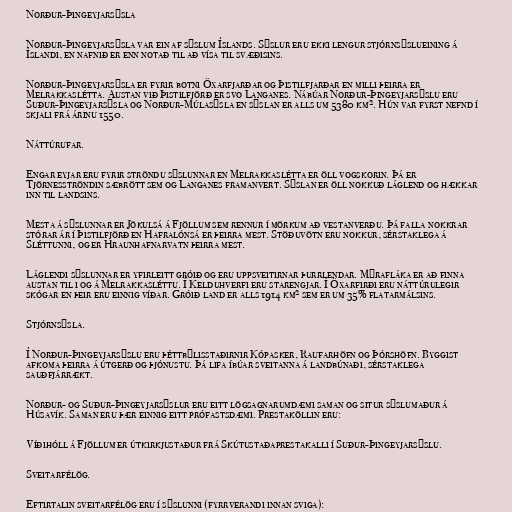
Norður-Þingeyjarsýsla

Norður-Þingeyjarsýsla var ein af sýslum Íslands. Sýslur eru ekki lengur stjórnsýslueining á
Íslandi, en nafnið er enn notað til að vísa til svæðisins.

Norður-Þingeyjarsýsla er fyrir botni Öxarfjarðar og Þistilfjarðar en milli þeirra er
Melrakkaslétta. Austan við Þistilfjörð er svo Langanes. Nábúar Norður-Þingeyjarsýslu eru
Suður-Þingeyjarsýsla og Norður-Múlasýsla en sýslan er alls um 5380 km². Hún var fyrst nefnd í
skjali frá árinu 1550.

Náttúrufar.

Engar eyjar eru fyrir ströndu sýslunnar en Melrakkaslétta er öll vogskorin. Þá er
Tjörnesströndin sæbrött sem og Langanes framanvert. Sýslan er öll nokkuð láglend og hækkar
inn til landsins.

Mesta á sýslunnar er Jökulsá á Fjöllum sem rennur í mörkum að vestanverðu. Þá falla nokkrar
stórar ár í Þistilfjörð en Hafralónsá er þeirra mest. Stöðuvötn eru nokkur, sérstaklega á
Sléttunni, og er Hraunhafnarvatn þeirra mest.

Láglendi sýslunnar er yfirleitt gróið og eru uppsveitirnar þurrlendar. Mýrafláka er að finna
austan til i og á Melrakkasléttu. Í Kelduhverfi eru starengjar. Í Öxarfirði eru náttúrulegir
skógar en þeir eru einnig víðar. Gróið land er alls 1914 km² sem er um 35% flatarmálsins.

Stjórnsýsla.

Í Norður-Þingeyjarsýslu eru þéttbýlisstaðirnir Kópasker, Raufarhöfn og Þórshöfn. Byggist
afkoma þeirra á útgerð og þjónustu. Þá lifa íbúar sveitanna á landbúnaði, sérstaklega
sauðfjárrækt.

Norður- og Suður-Þingeyjarsýslur eru eitt lögsagnarumdæmi saman og situr sýslumaður á
Húsavík. Saman eru þær einnig eitt prófastsdæmi. Prestaköllin eru:

Víðihóll á Fjöllum er útkirkjustaður frá Skútustaðaprestakalli í Suður-Þingeyjarsýslu.

Sveitarfélög.

Eftirtalin sveitarfélög eru í sýslunni (fyrrverandi innan sviga):